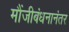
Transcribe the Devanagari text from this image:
मौंजीबंधनानंतर